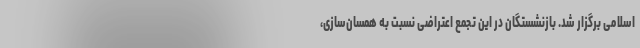
اسلامی برگزار شد. بازنشستگان در این تجمع اعتراضی نسبت به همسان‌سازی،